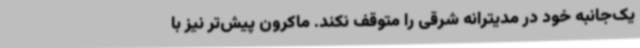
یک‌جانبه خود در مدیترانه شرقی را متوقف نکند. ماکرون پیش‌تر نیز با